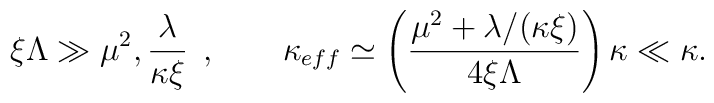
\xi \Lambda \gg \mu ^{2},\frac{\lambda}{\kappa \xi} \;\, , \quad\quad \kappa _{eff} \simeq \left( \frac{\mu ^2 + \lambda /(\kappa\xi )}{4\xi \Lambda} \right) \kappa \ll \kappa .